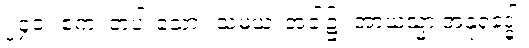
၂၄၀။ ဧကံ၊ တပါးသော။ သမယံ၊ အခါ၌။ အာယသ္မာ အနုရုဒ္ဓေါ၊